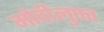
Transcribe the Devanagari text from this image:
मोदीलुफ्त